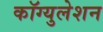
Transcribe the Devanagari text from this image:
कॉग्युलेशन